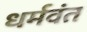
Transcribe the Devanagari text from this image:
धर्मवंत